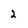
Character: 2